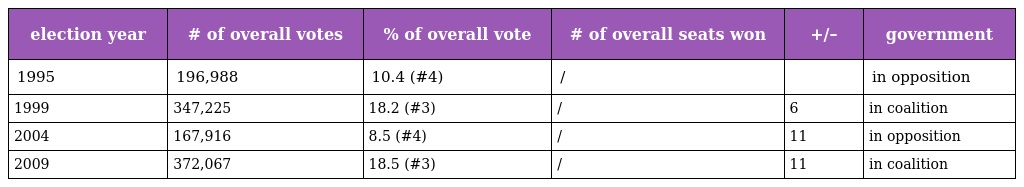
| election year | # of overall votes | % of overall vote | # of overall seats won | +/– | government |
 | --- | --- | --- | --- | --- | --- |
 | 1995 | 196,988 | 10.4 (#4) | / |  | in opposition |
 | 1999 | 347,225 | 18.2 (#3) | / | 6 | in coalition |
 | 2004 | 167,916 | 8.5 (#4) | / | 11 | in opposition |
 | 2009 | 372,067 | 18.5 (#3) | / | 11 | in coalition |